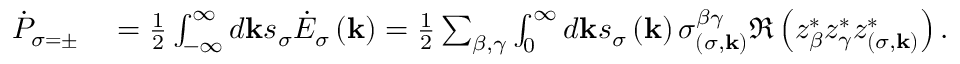
\begin{array} { r l } { \dot { P } _ { \sigma = \pm } } & { { } = \frac { 1 } { 2 } \int _ { - \infty } ^ { \infty } d \mathbf { k } s _ { \sigma } \dot { E } _ { \sigma } \left( \mathbf { k } \right) = \frac { 1 } { 2 } \sum _ { \beta , \gamma } \int _ { 0 } ^ { \infty } d \mathbf { k } s _ { \sigma } \left( \mathbf { k } \right) \sigma _ { \left( \sigma , \mathbf { k } \right) } ^ { \beta \gamma } \Re \left( z _ { \beta } ^ { * } z _ { \gamma } ^ { * } z _ { \left( \sigma , \mathbf { k } \right) } ^ { * } \right) . } \end{array}